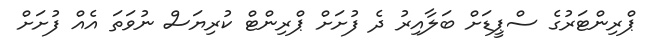
ޕްރިންޓަރުގެ ސްޕީޑަށް ބަލާއިރު ދެ ފުށަށް ޕްރިންޓް ކުރިޔަސް ނުވަތަ އެއް ފުށަށް